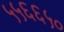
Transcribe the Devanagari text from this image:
५५६६५०